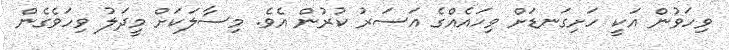
ވިހަވުން އަކީ ހަށިގަނޑަށް ވިހައެއްގެ އަސަރު ކުރުން އެވެ. މިސާލަކަށް މީދަލު ވިހަވެގެން